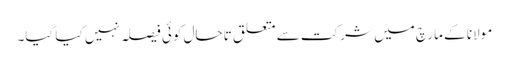
مولانا کے مارچ میں شرکت سے متعلق تاحال کوئی فیصلہ نہیں کیا گیا۔